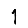
Digit: 1